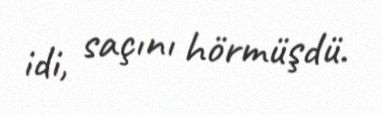
idi, saçını hörmüşdü.